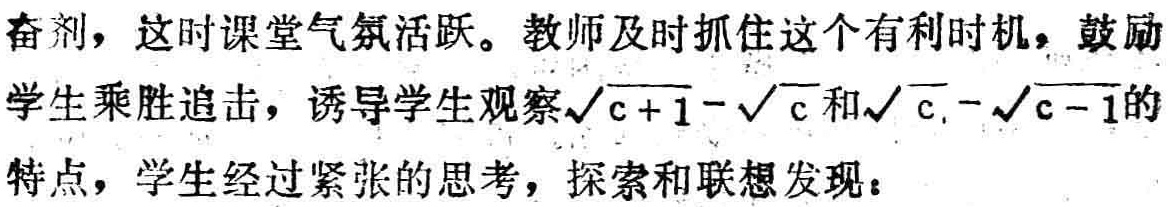
奋剂，这时课堂气氛活跃。教师及时抓住这个有利时机，鼓励学生乘胜追击，诱导学生观察\(\sqrt{c + 1}-\sqrt{c}\)和\(\sqrt{c}-\sqrt{c - 1}\)的特点，学生经过紧张的思考，探索和联想发现：